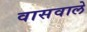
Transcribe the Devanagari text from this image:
वासवाले